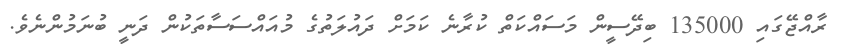
ރާއްޖޭގައި 135000 ބިދޭސީން މަސައްކަތް ކުރާނެ ކަަމަށް ދައުލަތުގެ މުއައްސަސާތަކުން ދަނީ ބުނަމުންނެވެ.